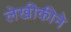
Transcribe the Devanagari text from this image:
लेखीकीने